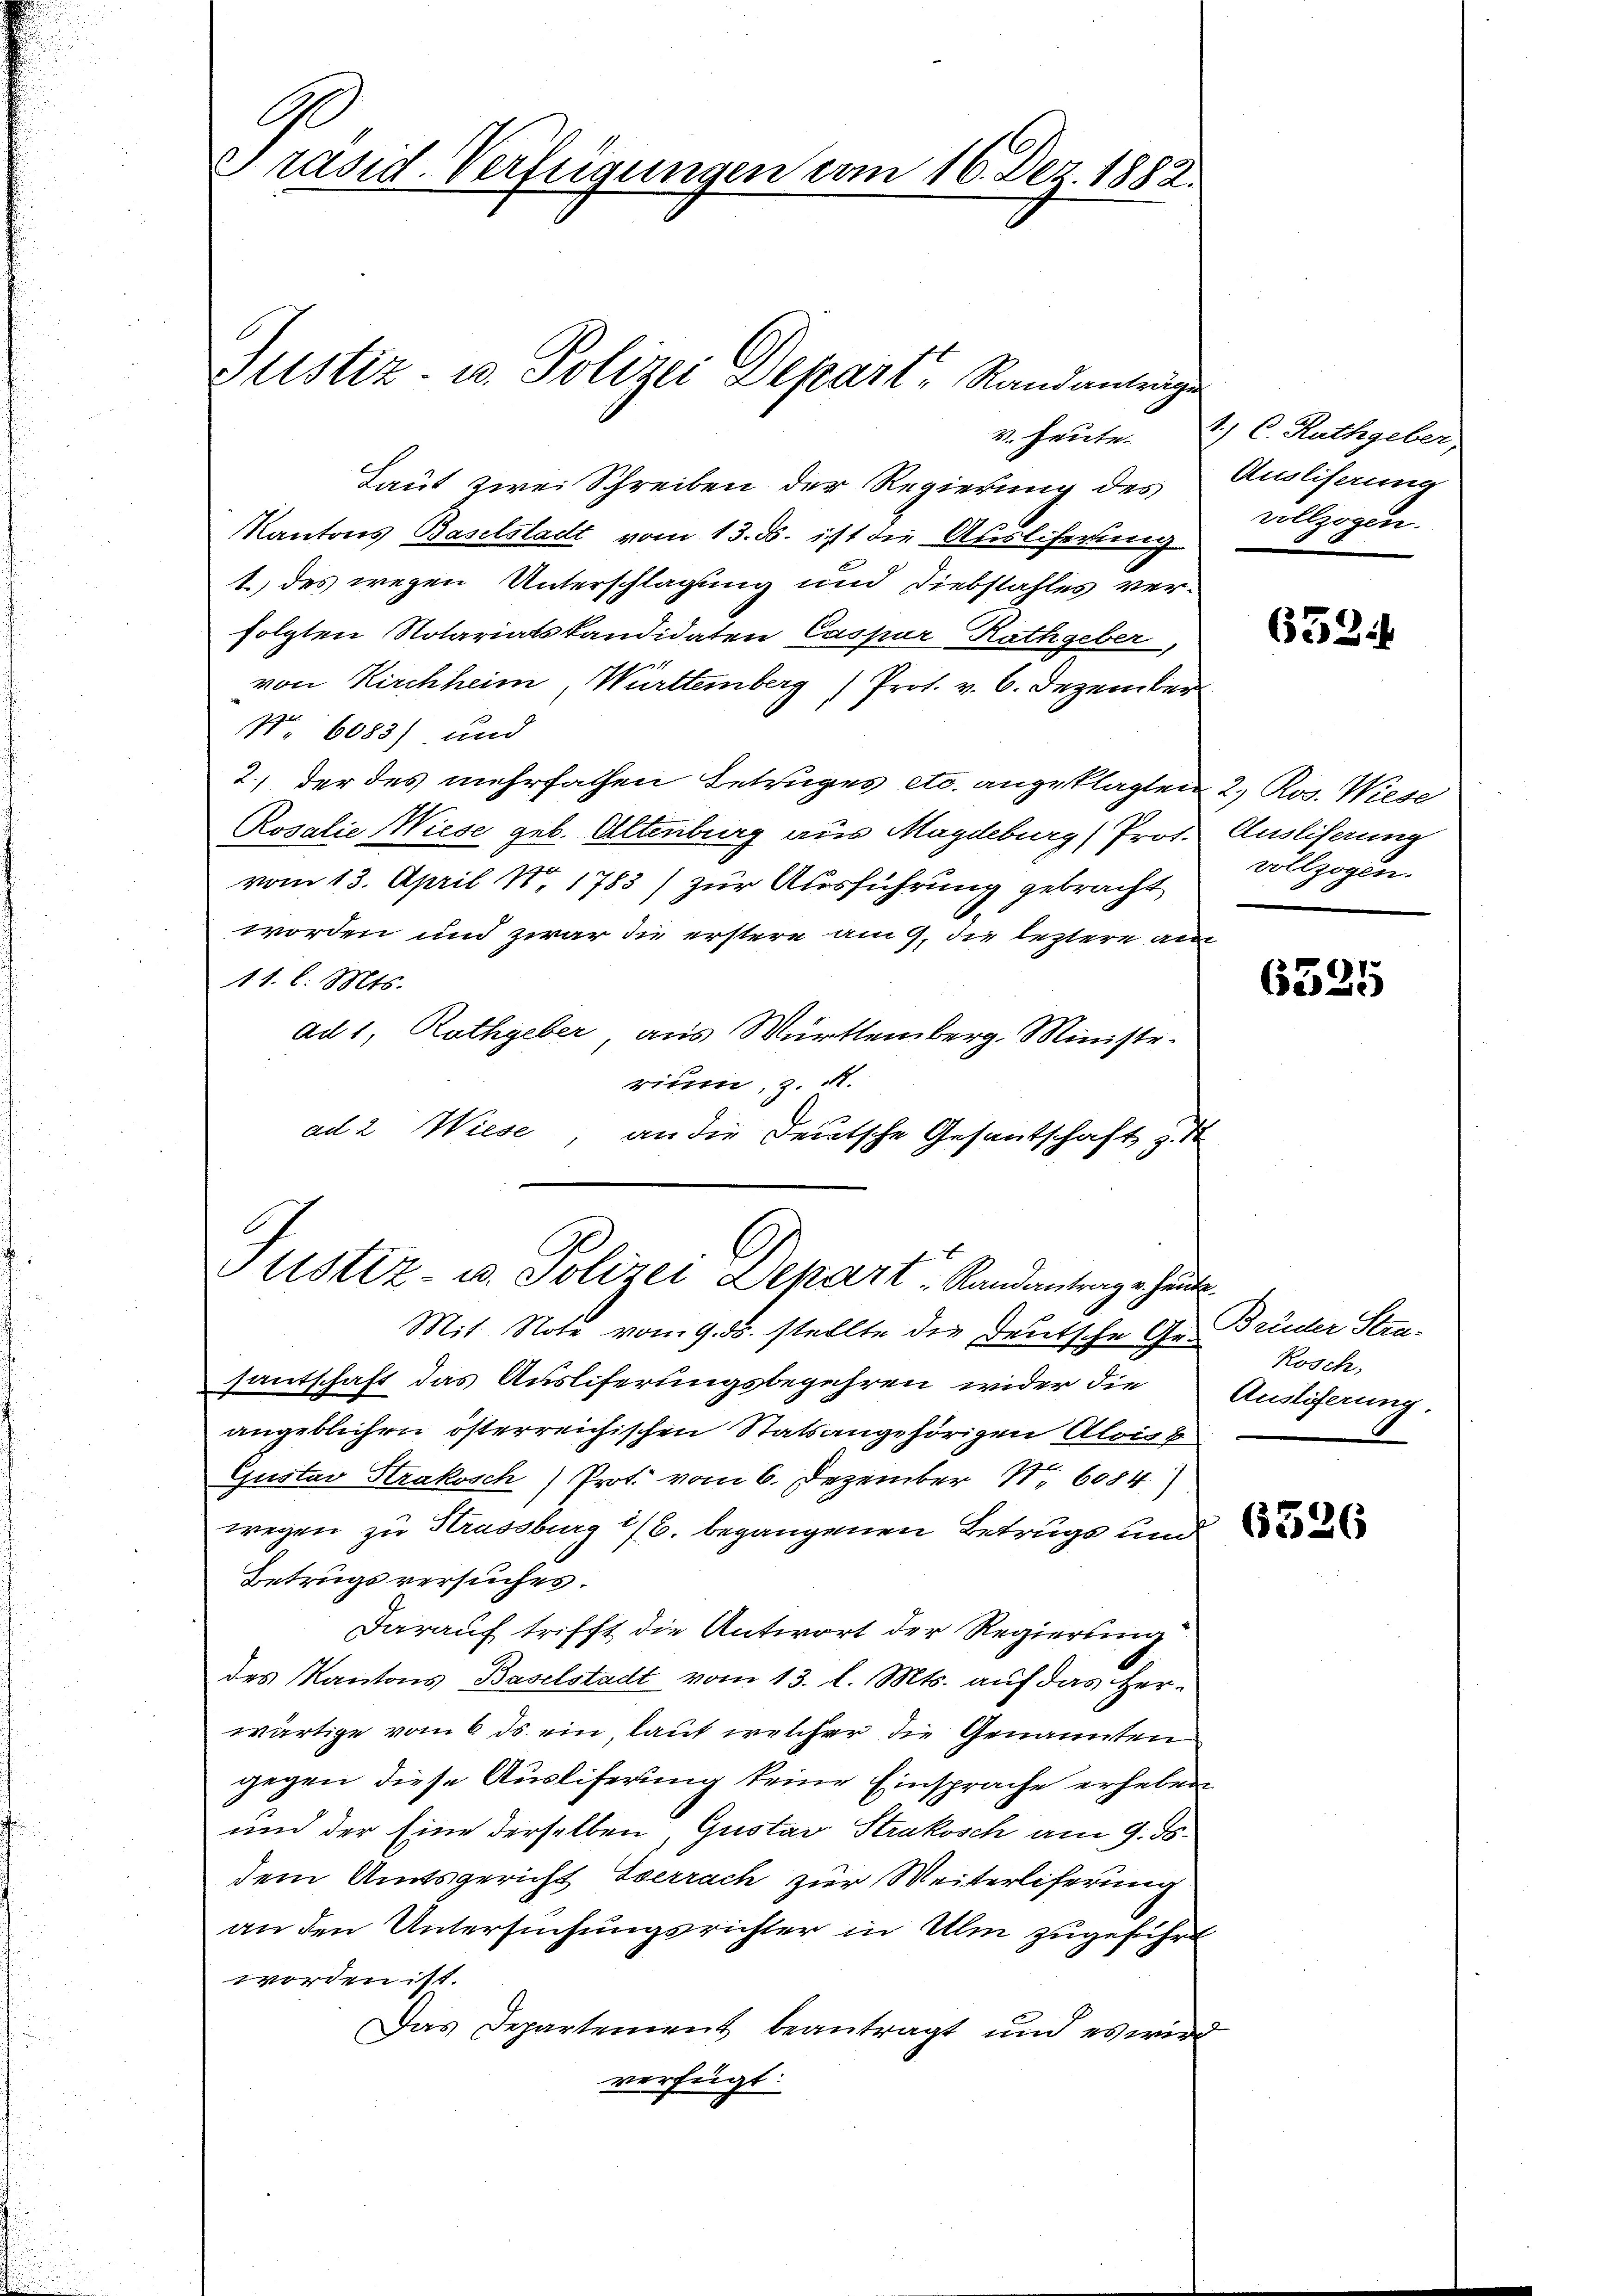
Ge
Präsid. Verfügungen vom 16. Dez. 1882.

Justiz- u. Polizei Depart, Randantrage

Laut zwei Schreiben der Regierung des
Kantons Baselstadt vom 13. ds. ist die Ausliferung
1.) des wegen Unterschlagung und Diebstahles verfolgten Notariatskandidaten Caspar Rathgeber,
von Kirchheim, Württemberg) Prot. v. 6. Dezember
Nr. 6083) und
2.) der des mehrfachen Betruges etc. angeklagten 2. Ros. Wiese
Rosalie Wiese geb. Altenburg aus Magdeburg (Prot. Ausliserung
vom 13. April 18. 1783) zur Ausführung gebracht
worden und zwar die erstere am 9. die leztere au
11. l. Mts.
ad 1, Rathgeber, aus Württemberg, Ministe
rium, z. A.
ad 2 Wiese, an die Deutsche Gesantschaft z.
ustiz- u. Polizei Depart Randantrage heute.
Mit Note vom 9. ds. stellte die Deutsche Ge- Brüder Strasantschaft das Auslieferungsbegehren wider die
angeblichen österreichischen Statsangehörigen Alois
Gustav Strakosch) Prot. vom 6. Dezember 1. 6084.
wegen zu Strassburg 1/6. begangenen Betrugs und
Betrugsversuches.
Darauf trifft die Antwort der Regierung
des Kantons Baselstadt vom 13. l. Mts. auf das Herwärtige vom 6. ds. ein, laut welcher die Genannten
gegen diese Ausliferung keine Einsprache erheben
und der Eine derselben, Gustav Strakosch am 9. ds.
dem Amtsgericht Eserrach zur Weiterliferung
an den Untersuchungsrichter in Ulm zugeführt
worden ist.
Das Departement beantragt und es wir
verfügt:

v. heute. 2) C. Rathgeber
Auslieferung
vollzogen.

6534

vollzogen.

6525

Rosch,
Ausliferung.

6326